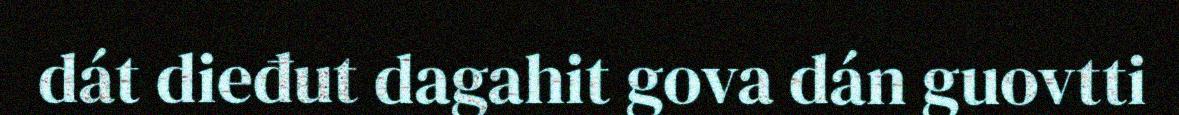
dát dieđut dagahit gova dán guovtti